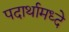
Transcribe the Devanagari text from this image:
पदार्थामध्दे